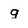
Character: g